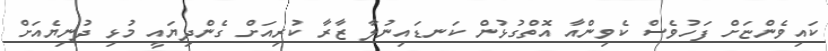
ކައިވެންޏަށް ފަހުވެސް ކެވިންއާ އޮތްގުޅުން ކަނޑައިނުލާ ޒާރާ ކުރިއަށް ގެންދިޔައީ މުޅި ދުނިޔެއަށް